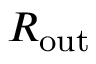
R _ { \mathrm { o u t } }